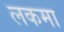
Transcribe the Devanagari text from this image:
लकमा